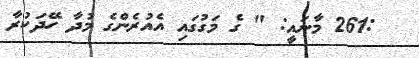
:261 މާނައީ: " ގެ މަގުގައި އެއުރެންގެ މުދާ ހޭދަކުރާ